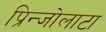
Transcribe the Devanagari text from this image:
प्रिन्जोलाटा